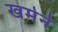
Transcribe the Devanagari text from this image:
खमेने